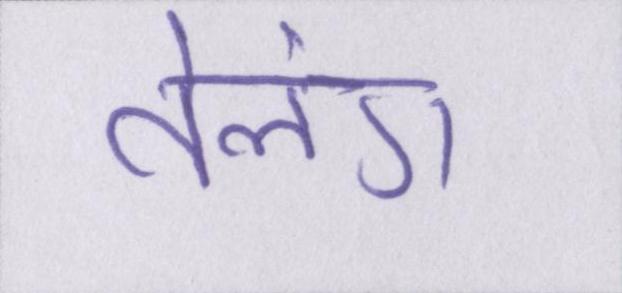
तेलंग